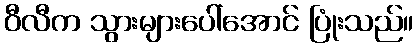
ဝီလီက သွားများပေါ်အောင် ပြုံးသည်။